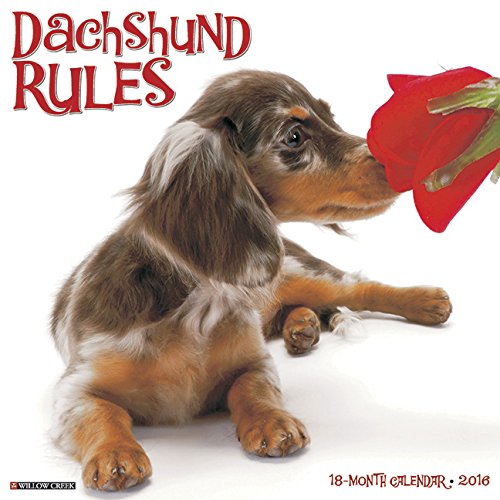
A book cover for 2016 Just Dachshund Rules Wall Calendar; Willow Creek Press; Calendars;